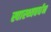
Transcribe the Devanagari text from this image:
स्वास्थ्यवर्धन